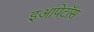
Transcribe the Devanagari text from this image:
इआपेटॉस